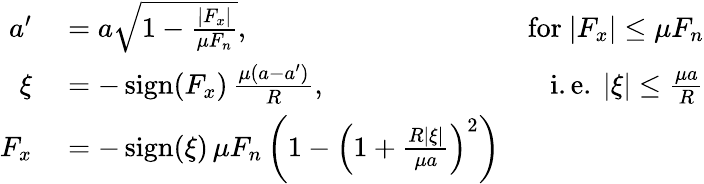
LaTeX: \begin{array}{rlr}{a^{\prime}}&{{}=a{\sqrt{1-{\frac{|F_{x}|}{\mu F_{n}}}}},}&{{\mathrm{for~}}|F_{x}|\leq\mu F_{n}}\\ {\xi}&{{}=-\operatorname{sign}(F_{x})\, {\frac{\mu(a-a^{\prime})}{R}},}&{{\mathrm{i.e.~}}|\xi|\leq{\frac{\mu a}{R}}}\\ {F_{x}}&{{}=-\operatorname{sign}(\xi)\, \mu F_{n}\left(1-\left(1+{\frac{R|\xi|}{\mu a}}\right)^{2}\right)}\end{array}